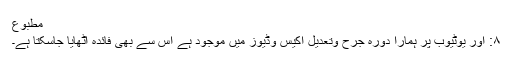
مطبوع
۸: اور یوٹیوب پر ہمارا دورہ جرح وتعدیل اکیس وڈیوز میں موجود ہے اس سے بھی فائدہ اٹھایا جاسکتا ہے۔